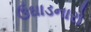
ઉઘાડનારો